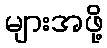
များအဖို့